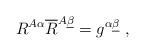
LaTeX: \begin{align*}R^{A\alpha}\overline R^{A\underline \beta} = g^{\alpha \underline \beta}\ ,\end{align*}